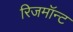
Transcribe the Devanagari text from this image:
रिजमॉन्ट